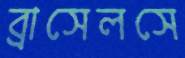
ব্রাসেলসে